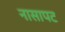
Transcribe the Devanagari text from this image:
नासापट